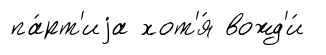
па́рт'иjа хот'я́ вожд'и́